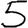
Digit: 5